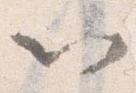
以